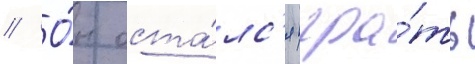
// О́н оста́лс'я игра́ть